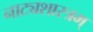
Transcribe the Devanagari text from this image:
नाट्यशास्त्रम्